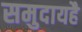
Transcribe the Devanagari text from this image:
समुदायहै